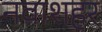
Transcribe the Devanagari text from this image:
नवाशहर